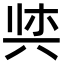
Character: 𫝌